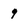
Character: 9